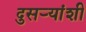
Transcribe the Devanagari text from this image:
दुसऱ्यांशी